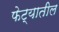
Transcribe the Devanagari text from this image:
फेट्यातील